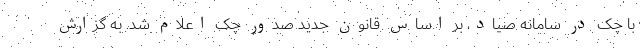
با چک در سامانه صیاد، بر اساس قانون جدید صدور چک اعلام شد. به گزارش